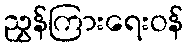
ညွှန်ကြားရေးဝန်